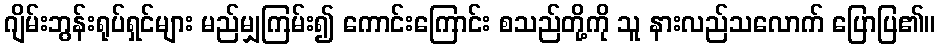
ဂျိမ်းဘွန်းရုပ်ရှင်များ မည်မျှကြမ်း၍ ကောင်းကြောင်း စသည်တို့ကို သူ နားလည်သလောက် ပြောပြ၏။